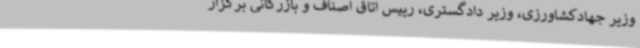
وزیر جهادکشاورزی، وزیر دادگستری، رییس اتاق اصناف و بازرگانی برگزار